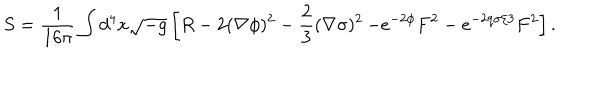
S = \frac { 1 } { 1 6 \pi } \int d ^ { 4 } x \sqrt { - g } \left[ R - 2 ( \nabla \phi ) ^ { 2 } - \frac { 2 } { 3 } ( \nabla \sigma ) ^ { 2 } \right. \left. - e ^ { - 2 \phi } F ^ { 2 } - e ^ { - 2 q \sigma / 3 } F ^ { 2 } \right] .